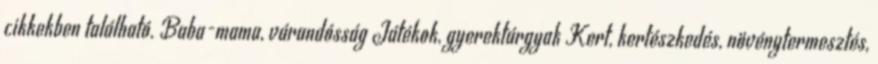
cikkekben található. Baba-mama, várandósság Játékok, gyerektárgyak Kert, kertészkedés, növénytermesztés,